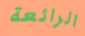
الرائعة